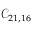
\mathcal { C } _ { 2 1 , 1 6 }